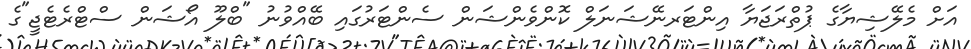
އަށް މެލޭޝިޔާގެ ޕުތްރަޖަޔާ އިންޓަރނޭޝަނަލް ކޮންވެންޝަން ސެންޓަރުގައި ބޭއްވުނު "ބްލޫ އޯޝަން ސްޓްރެޓެޖީ"ގެ